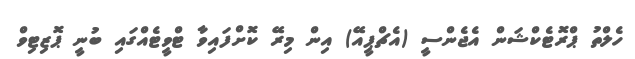
ހެލްތު ޕްރޮޓެކްޝަން އެޖެންސީ (އެޗްޕީއޭ) އިން މިރޭ ކޮށްފައިވާ ޓްވީޓެއްގައި ބުނީ ޕޮޒިޓިވް